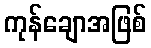
ကုန်ချောအဖြစ်